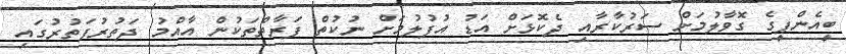
ބީއެންޕީގެ ގޮވާލުމަށް ސަރުކާރާއި ދެކޮޅަށް އަޑު އުފުލުމަށް ނުކުތް ފަރާތްތަކުން އާއްމު ދަތުރުފަތުރުގައި